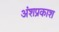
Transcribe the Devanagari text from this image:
अंशप्रकाश